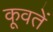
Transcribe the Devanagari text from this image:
कूवतें